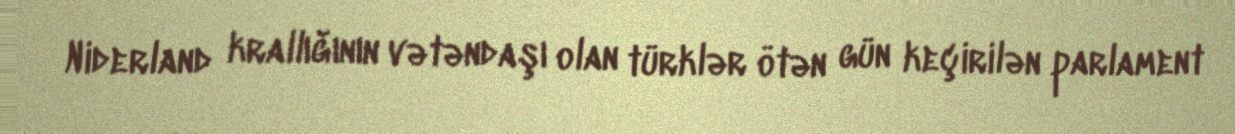
Niderland krallığının vətəndaşı olan türklər ötən gün keçirilən parlament